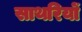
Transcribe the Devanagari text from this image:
साथरियों